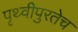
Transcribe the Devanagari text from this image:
पृथ्वीपुरतेच